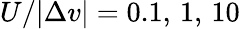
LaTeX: U/|\Delta v|=0.1,\, 1,\, 10